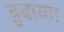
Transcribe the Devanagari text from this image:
डुबाया।